Development of the parasite of Indian kala azar - Number 53
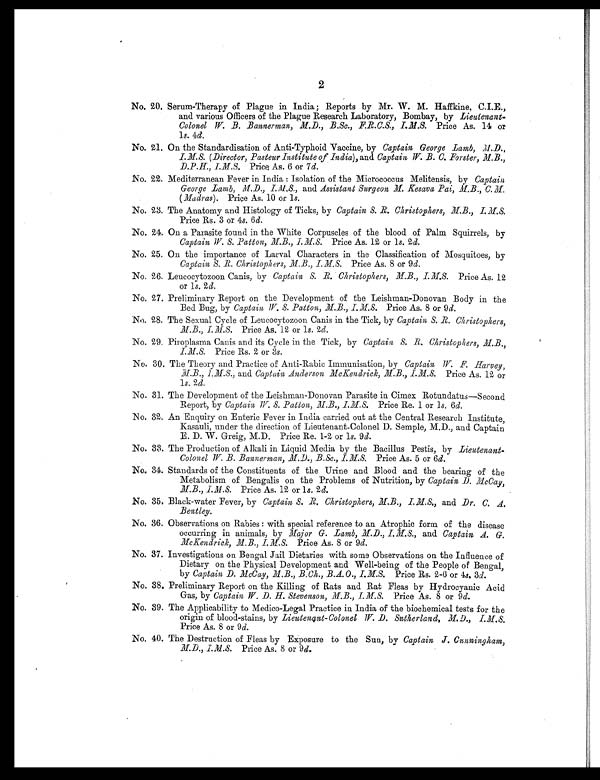
2
No. 20. Serum-Therapy of Plague in India; Reports by Mr. W. M. Haffkine, C.I.F..,
and various Officers of the Plague Research Laboratory, Bombay, by Lieutenant-
Colonel W. B. Bannerman, M.D., B.Sc., F.R.C.S., I.M.S. Price As. 14 or
1 s. 4d.
No. 21. On the Standardisation of Anti-Typhoid Vaccine, by Captain George Lamb, M.D.,
I.M.S. (Director, Pasteur Institute of India), and Captain, W. B. C. Forster, M.B.,
D.P.H., I.M.S. Price As. 6 or 7d.
No. 22. Mediterranean Fever in India : Isolation of the Micrococcus Melitensis, by Captain,
George Lamb, M.D., I.M.S., and Assistant Surgeon M. Kesava Pai, M.B.,C.M
(Madras). Price As. 10 or 1s.
No. 23. The Anatomy and Histology of Ticks, by Captain S. R. Christophers, M.B., I. M.S.
Price Rs. 3 or 4s. 6d.
No. 24. On a Parasite found in the White Corpuscles of the blood of Palm Squirrels, by
Captain W. s. Patton, M.B., I.M S. Price As. 12 or 1s. 2d.
No. 25. On the importance of Larval Characters in the Classification of Mosquitoes, by
Captain S. R. Christophers, M.B., I.M.S. Price As. 8 or 9d.
No. 26. Leucocytozoon Canis, by Captain S. R. Christophers,M.B.,I.M.S. Price As. 12
or 1s. 2d.
No. 27. Preliminary Report on the Development of the Leishman-Donovan Body in the
Bed Bug, by Captain W. S. Patton, M.B., I.M.S. Price As. 8 or 9d.
No. 28. The Sexual Cycle of Leucocytozoon Canis in the Tick, by Captain, S. R. Christophers,M.B.,
I.M.S. Price As. 12 or 1s. 2d.
No. 29. Piroplasma Canis and its Cycle in the Tick, by Captain S. R. Christophers, MB.,
I.M.S. Price Rs. 2 or 3s.
No. 30. The Theory and Practice of Anti-Rabic Immunisation, by Captain W. F. Harvey,
M.B., I.M.S., and Captain Anderson McKendrick, M.B., I.M.S. Price As. 12 or
1s. 2d.
No. 31. The Development of the Leishman-Donovan Parasite in Cimex Rotundatus-Second
Report, by Captain W. S. Patton, M.B., I.M.S. Price Re. 1 or 1s. 6d.
No. 32. An Enquiry on Enteric Fever in India carried out at the Central Research Institute,
K a s a u l i , u n d e r t h e d i r e c t i o n o f L i e u t e n a n t - C o l o n e l D . S e m p l e , M . D . , a n d C a p t a i n
E. D. W. Greig, M.D. Price Re. 1-2 or 1 s. 9d.
No. 33. The Production of Alkali in Liquid Media by the Bacillus Pestis, by Lieutenant-
Colonel W. B. Bannerman, M.D., B.Sc., I.M.S. Price As. 5 or 6d.
No. 34. Standards of the Constituents of the Urine and Blood and the bearing of the
Metabolism of Bengalis on the Problems of Nutrition, by Captain D. McCay,
I.M.S. Price As. 12 or 1s. 2d.
No. 35. Black-water Fever, by Captain S. R. Christophers,M.B.,I.M.S., and Dr. C. A.
Bentley.
No. 36. Observations on Rabies : with special reference to an Atrophic form of the disease
occurring in animals, by Major G. Lamb, M.D.,I.M.S., and Captain A. G
McKendrick,M.B.,I. MS. Price As. 8 or 9d.
No. 37. Investigations on Bengal Jail Dietaries with some Observations on the Influence of
Dietary on the Physical Development and Well-being of the People of Bengal,
by Captain D. McCay, M.B., B.Ch., B.A.O., I.M.S. Price Rs. 2-6 or 4s. 3d.
No. 38. Preliminary Report on the Killing of Rats and Rat Fleas by Hydrocyanic Acid
Gas, by Captain W.. D. H. Stevenson, M.B., I.M.S. Price As. 8 or 9d.
No. 39. The Applicability to Medico-Legal Practice in India of the biochemical tests for the
origin of blood-stains, by Lieutenant-Colonel W. D. Sutherland, M.D.,
Price As. 8 or 9d.
No. 40. The Destruction of Fleas by Exposure to the Sun, by Captain J. Cunningham,
M.D., I.M.S. Price As. 8 or 9d.